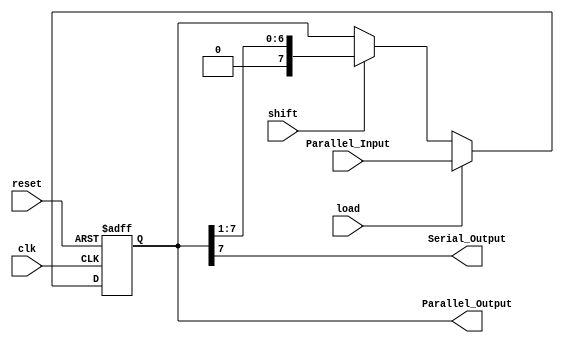
/**************************************************************************************
*	Description
*		This is a Shift Register
*		1.0
*	Author:
*		Ing. Flix Godoy Martnez
*	Date:
*		15/07/20
***************************************************************************************/

module Shift_Register
#(
	parameter WORD_LENGTH = 8
)
(
	input clk,
	input reset,
	input load,
	input shift,
	input [WORD_LENGTH - 1 : 0] Parallel_Input,
	
	output Serial_Output,
	output [WORD_LENGTH - 1 : 0] Parallel_Output
	

);

reg [WORD_LENGTH - 1 : 0]P_Out_reg;

always @(posedge clk or negedge reset) begin
	if(reset == 1'b0)
	begin
		P_Out_reg <= 0;
	end
	else
	begin
		if(load == 1'b1)
			P_Out_reg <= Parallel_Input;
		else
		begin
			if(shift == 1'b1)
				P_Out_reg <= P_Out_reg >> 1;
		end
	end
end

assign Serial_Output = Parallel_Output[WORD_LENGTH - 1];
assign Parallel_Output = P_Out_reg;

endmodule